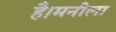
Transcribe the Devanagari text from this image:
है।मनीला